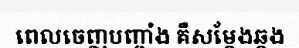
ពេលចេញបញ្ចាំង គឺសម្តែងឆ្គង